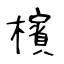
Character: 檳